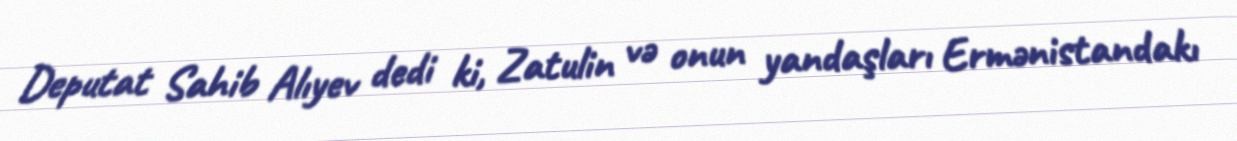
Deputat Sahib Alıyev dedi ki, Zatulin və onun yandaşları Ermənistandakı